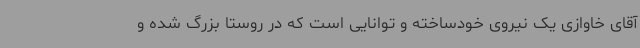
آقای خاوازی یک نیروی خودساخته و توانایی است که در روستا بزرگ شده و